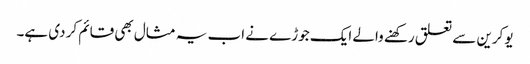
یوکرین سے تعلق رکھنے والے ایک جوڑے نے اب یہ مثال بھی قائم کر دی ہے۔